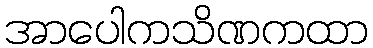
အာပေါကသိဏကထာ